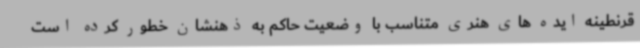
قرنطینه ایده های هنری متناسب با وضعیت حاکم به ذهنشان خطور کرده است